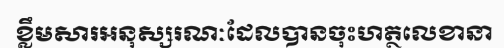
ខ្លឹមសារអនុស្សរណៈដែលបានចុះហត្ថលេខានា